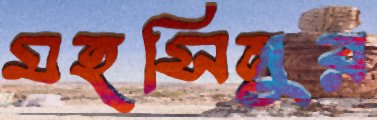
মহসিনুর